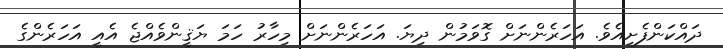
ދައްކަންފެށިއެވެ. އަހަރެންނަށް ގޮވަމުން ދިޔަ. އަހަރެންނަށް މިހާރު ހަމަ ޔަޤީންވެއްޖެ އެއީ އަހަރެންގެ